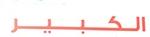
الكبير